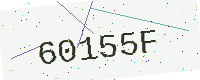
Text: 60155F